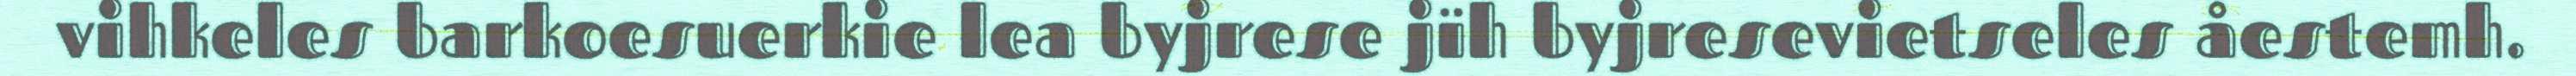
vihkeles barkoesuerkie lea byjrese jïh byjresevietseles åestemh.